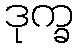
ဒုက္ခ